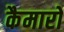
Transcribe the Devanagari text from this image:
कैमारो